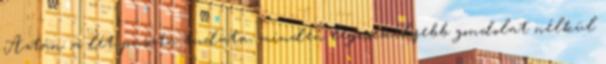
Aztán: a lét puszta tudata, minden legcsekélyebb gondolat nélkül